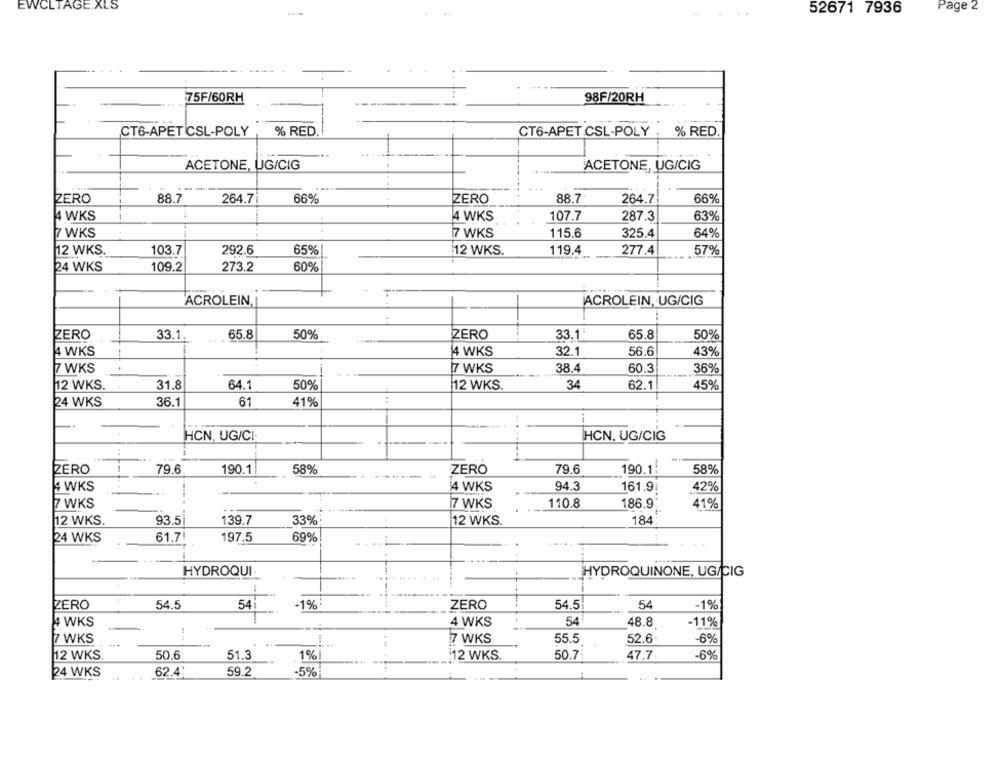
EWCLTAGE.XLS
Page 2
52671 7936
75F/60RH
98F/20RH
CT6-APET CSL-POLY
% RED
CT6-APET.CSL-POLY .
% RED
ACETONE, UG/CIG
ACETONE, UG/CIG
88.7
66%
88.7
66%
ZERO
264.7
ZERO
264.7
4 WKS
4 WKS
107.7
287.3
63%
7 WKS
7 WKS
115.6
325.4
64%
12 WKS.
103.7
292.6
65%
12 WKS.
119.4
277.4
57%
60%
24 WKS
109.2
273.2
ACROLEIN,
ACROLEIN, UG/CIG
ZERO
33.1
65.8
50%
ZERO
33.1 "
65.8
50%
4 WKS
4 WKS
32.1
56.6
43%
7 WKS
17 WKS
38.4
60.3
36%
12 WKS.
31.8
64.1
50%
12 WKS.
34
62.1
45%
24 WKS
36.1
61
41%
..
HCN, UG/CI-
HCN, UG/CIG
..
ZERO
79.6
190.1
58%
ZERO
79.6
190.1:
58%
4 WKS
4 WKS
94.3
161.9:
42%
186.9:
7 WKS
7 WKS
110.8
41
12 WKS.
93.5i
139.7
33%
12 WKS.
184
24 WKS
61.7
197.5
69%
HYDROQUI
HYDROQUINONE, UG/CIG
ZERO
54.5
54
-1%
ZERO
54.5
54
-1%
4 WKS
4 WKS
54
48.8
-11%
7 WKS
7 WKS
55.5
52.6
-6%
50.6
51.3
1%
12 WKS
12 WKS.
50.7:
47.7
-6%
24 WKS
62.4:
59.2
-5%